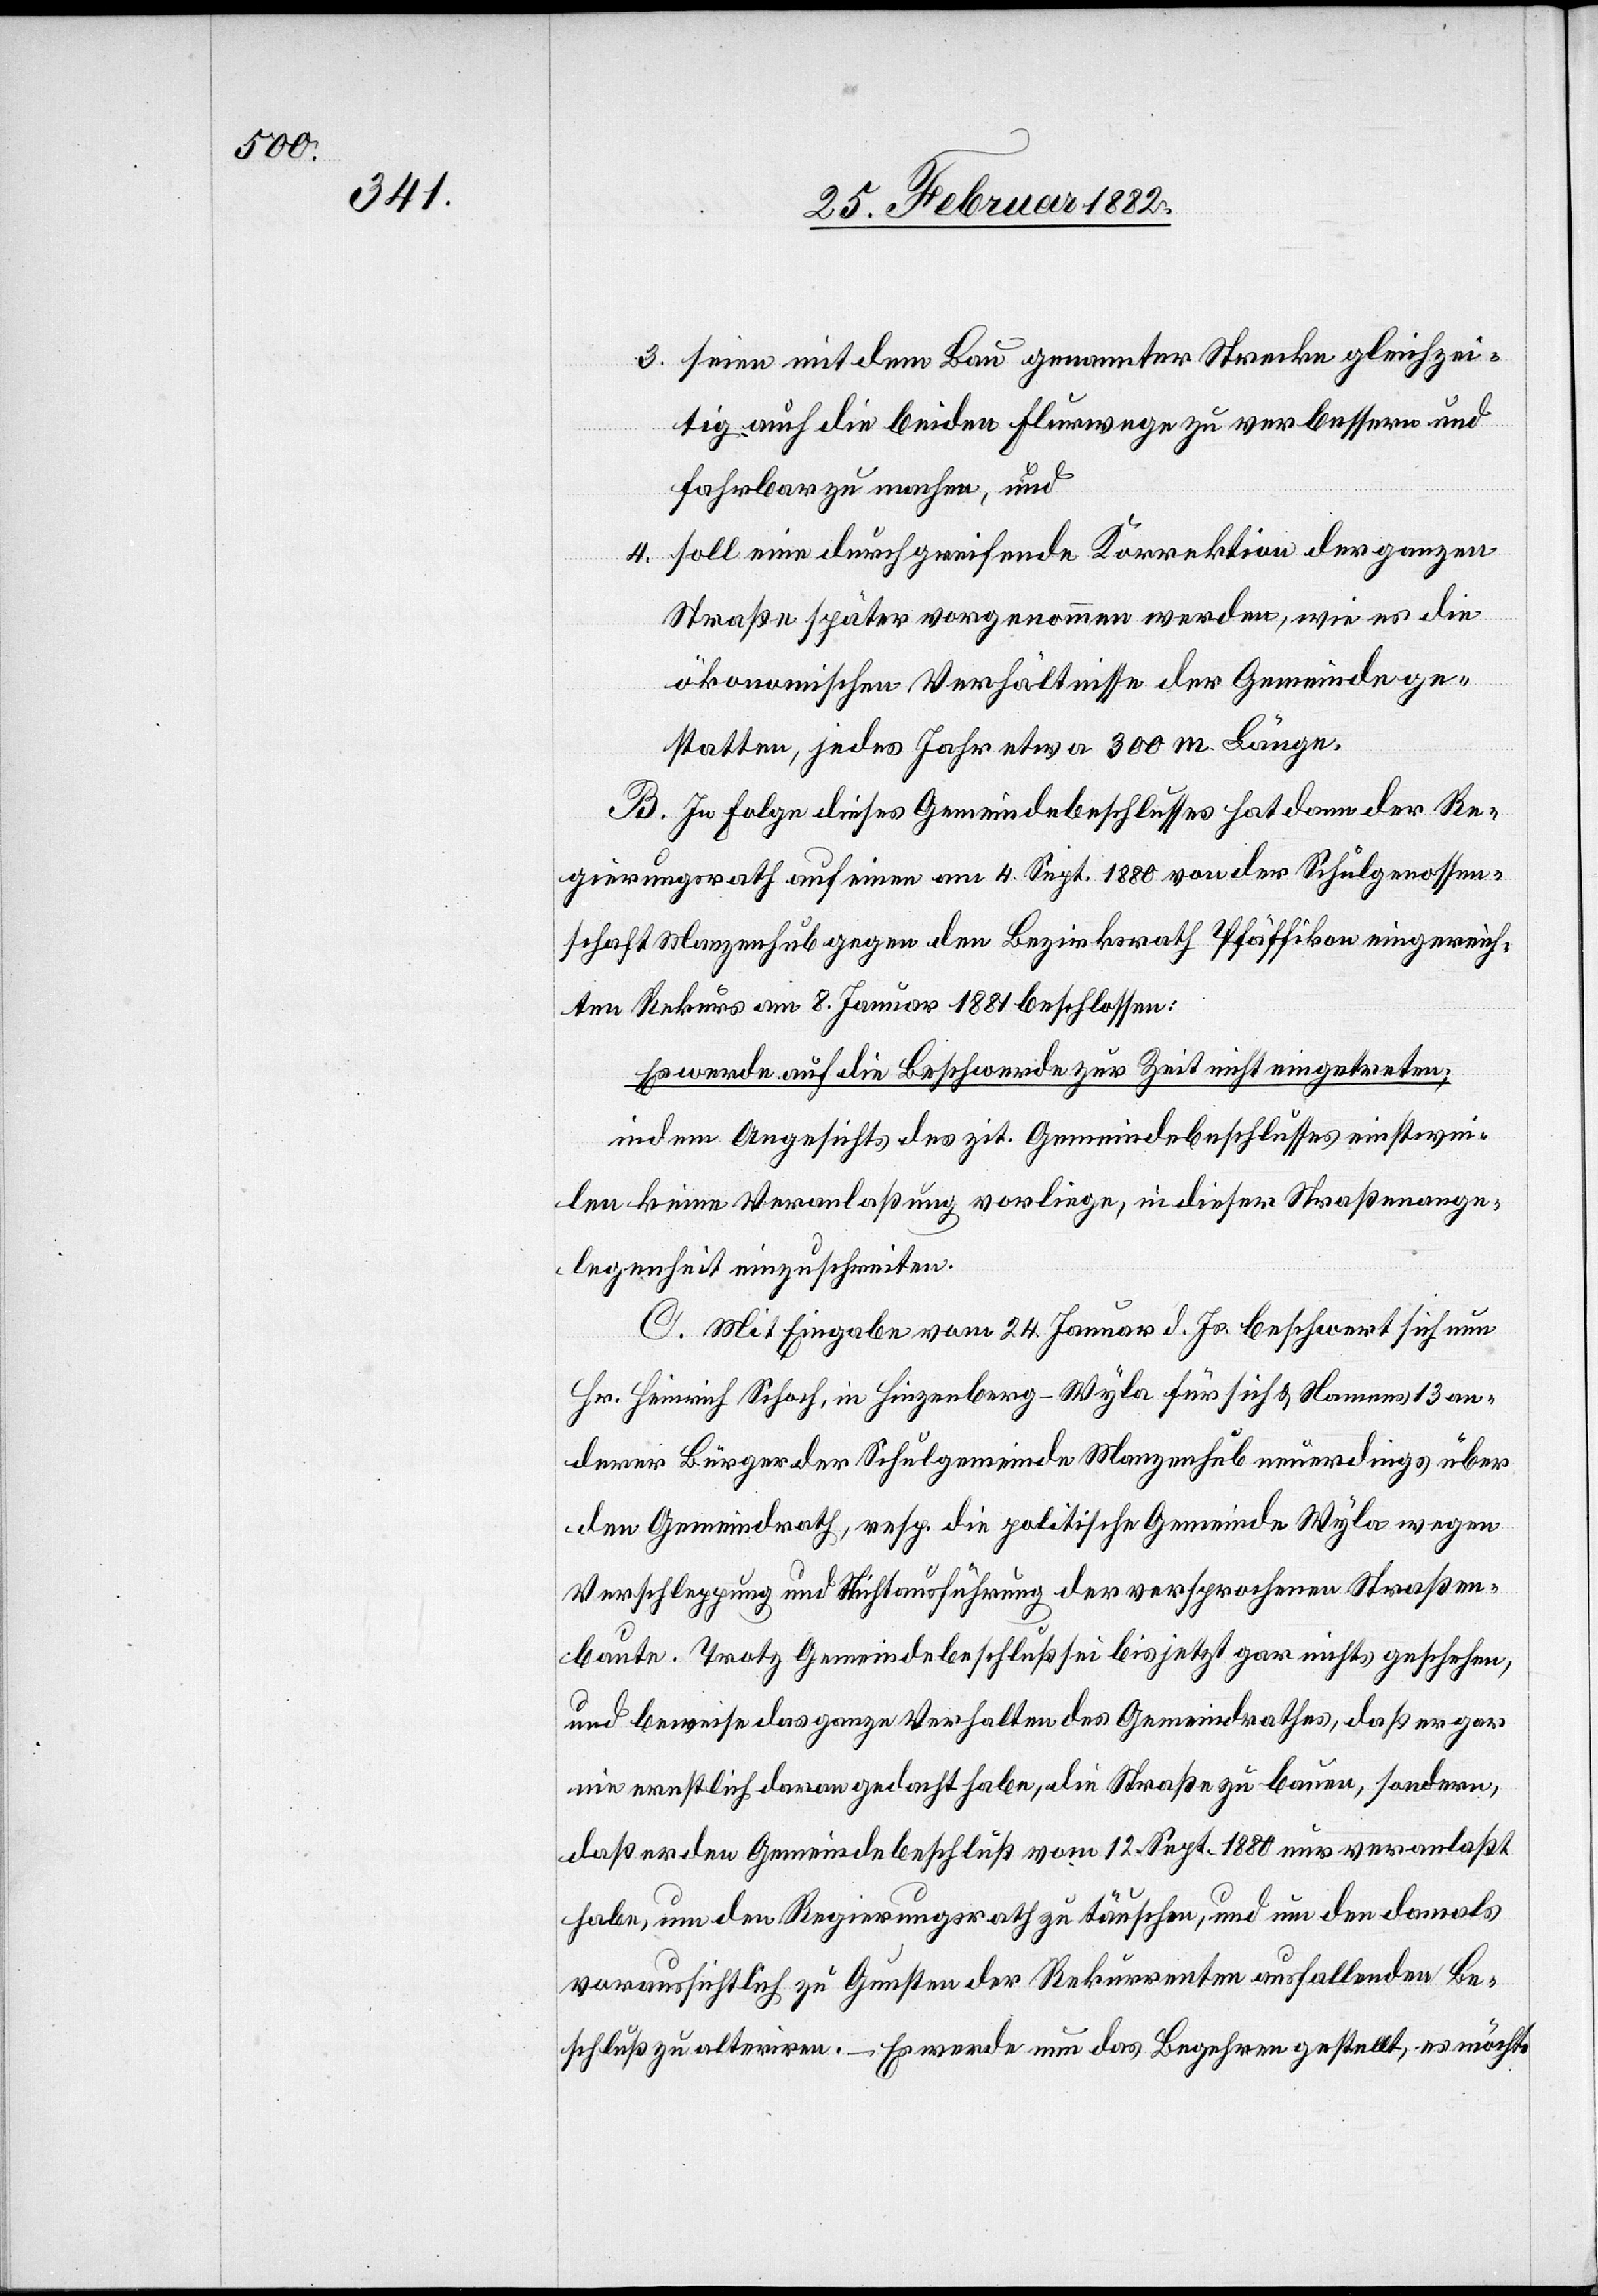
3. seien mit dem Bau genannter Strecke gleichzei¬
tig auch die beiden Fußwege zu verbessern und
fahrbar zu machen, und
4. soll eine durchgreifende Korrektion der ganzen
Straße später vorgenommen werden, wie es die
ökonomischen Verhältnisse der Gemeinde ge¬
statten, jedes Jahr etwa 300m Länge.
B. In Folge dieses Gemeindebeschlusses hat dann der Re¬
gierungsrath auf einen am 4. Sept. 1880 von der Schulgenossen¬
schaft Manzenhub gegen den Bezirksrath Pfäffikon eingereich¬
ten Rekurs am 8. Januar 1881 beschlossen:
Es werde auf die Beschwerde zur Zeit nicht eingetreten;
indem Angesichts des zit. Gemeindebeschlusses einstwei¬
len keine Veranlaßung vorliege, in dieser Straßenange¬
legenheit einzuschreiten.
C. Mit Eingabe vom 24. Januar d. Js. beschwert sich neu
Hr. Heinrich Schoch, in Hinzenberg - Wyla für sich & Namens 13 an¬
derer Bürger der Schulgemeinde Manzenhub neuerdings über
den Gemeindrath, resp. die politische Gemeinde Wyla wegen
Verschleppung und Nichtausführung der versprochenen Straßen¬
baute. Trotz Gemeindebeschluß sei bis jetzt gar nichts geschehen,
und beweise das ganze Verhalten des Gemeindrathes, daß er gar
nie ernstlich daran gedacht habe, die Straße zu bauen, sondern,
daß er den Gemeindebeschluß vom 12. Sept. 1880 nur veranlaßt
habe, um den Regierungsrath zu täuschen, und um den damals
voraussichtlich zu Gunsten der Rekurrenten ausfallenden Be¬
schluß zu alteriren.– Es werde nun das Begehren gestellt, es möchte